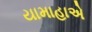
યામાહાએ